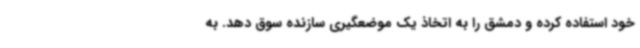
خود استفاده کرده و دمشق را به اتخاذ یک موضعگیری سازنده سوق دهد. به